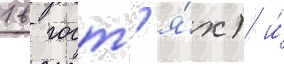
1 в гост'я́х) и́